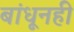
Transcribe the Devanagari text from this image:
बांधूनही